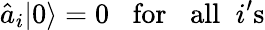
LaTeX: \hat{a}_{i}|0\rangle=0\; \; \; \mathrm{for}\; \; \; \mathrm{all}\; \; i\mathrm{'s}